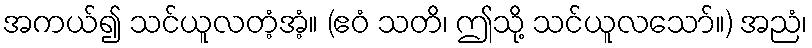
အကယ်၍ သင်ယူလတံ့အံ့။ (ဧဝံ သတိ၊ ဤသို့ သင်ယူလသော်။) အညံ၊